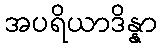
အပရိယာဒိန္နာ